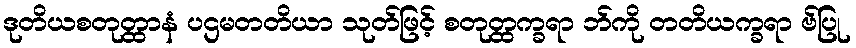
ဒုတိယစတုတ္ထာနံ ပဌမတတိယာ သုတ်ဖြင့် စတုတ္ထက္ခရာ ဘ်ကို တတိယက္ခရာ ဗ်ပြု